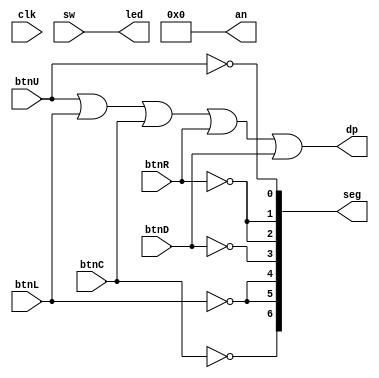
module top (
    input             clk,      // 100MHz clock input, unused

    input             btnC,     // push button inputs
    input             btnU,
    input             btnD,
    input             btnR,
    input             btnL,

    input      [15:0] sw,       // slide switch inputs

    output reg [15:0] led,      // LED outputs

    output reg  [6:0] seg,      // 7-segment display outputs, active low
    output reg        dp,       // decimal point, active low
    output reg  [3:0] an        // common anodes, active low
);

    initial seg = 7'b1111111;   // clear 7-segment display

    initial an = 4'b0000;       // all digits enabled

    initial dp = 0;             // enable decimal point

    always @(sw) begin          // slide switches enable LEDs
        led <= sw;
    end

    always @(btnC or btnU or btnD or btnR or btnL) begin
        // Buttons control the digit on 7-segment LED.
        seg[0] <= ~btnU;

        seg[1] <= ~btnR;
        seg[2] <= ~btnR;

        seg[3] <= ~btnD;

        seg[4] <= ~btnL;
        seg[5] <= ~btnL;

        seg[6] <= ~btnC;

        // Highlight the dot when no button pressed.
        dp <= btnU | btnL | btnC | btnR | btnD;
    end

endmodule